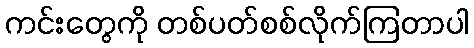
ကင်းတွေကို တစ်ပတ်စစ်လိုက်ကြတာပါ